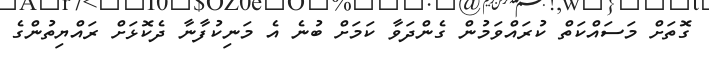
ގޮތަށް މަސައްކަތް ކުރައްވަމުން ގެންދަވާ ކަމަށް ބުނެ އެ މަނިކުފާނާ ދެކޮޅަށް ރައްޔިތުންގެ